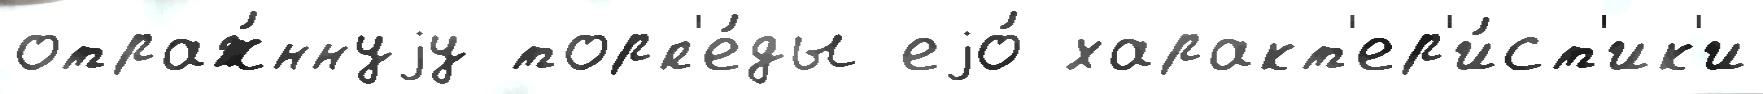
отраж́ннуjу торп'е́ды еjо́ характ'ер'и́ст'ик'и